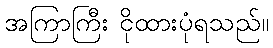
အကြာကြီး ငိုထားပုံရသည်။